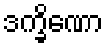
ဒက္ခိဏော